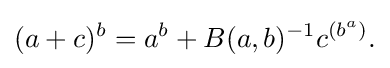
\displaystyle {(a+c)^{b}=a^{b}+B(a,b)^{-1}c^{(b^{a})}.}